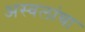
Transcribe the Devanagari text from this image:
अस्वलांचा